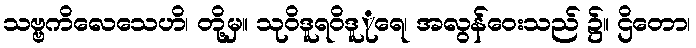
သဗ္ဗကိလေသေဟိ၊ တို့မှ။ သုဝိဒူရဝိဒူုရေ၊ အလွန်ဝေးသည် ၌။ ဌိတော၊